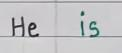
He     is